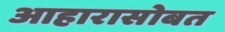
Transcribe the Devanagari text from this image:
आहारासोबत